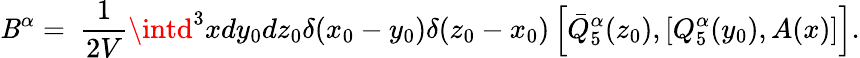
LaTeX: \mathit{B}^{\alpha}=\ \frac{{1}}{{2V}}\intd^{3}xdy_{0}dz_{0}\delta(x_{0}-y_{0})\delta(z_{0}-x_{0})\left[\bar{{Q}}_{5}^{\alpha}(z_{0}),[Q_{5}^{\alpha}(y_{0}),A(x)]\right].